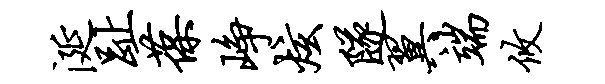
涎趾葆峥炫隧翼端攸